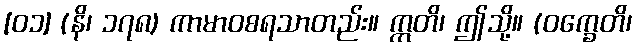
[၀၁] (နိ၊ ၁၇၈) ကာမာဝစရသာတည်း။ ဣတိ၊ ဤသို့။ (ဝက္ခေတိ၊